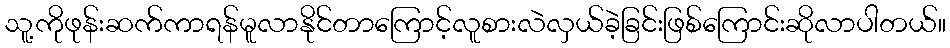
သူ့ကိုဖုန်းဆက်ကာရန်မူလာနိုင်တာကြောင့်လူစားလဲလှယ်ခဲ့ခြင်းဖြစ်ကြောင်းဆိုလာပါတယ်။